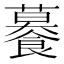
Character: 𧃊